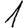
Digit: 1